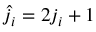
\hat { j } _ { i } = 2 j _ { i } + 1